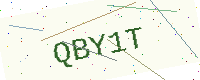
Text: QBY1T